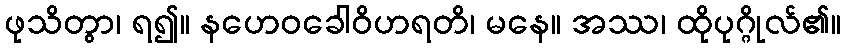
ဖုသိတွာ၊ ရ၍။ နဟေဝခေါဝိဟရတိ၊ မနေ။ အဿ၊ ထိုပုဂ္ဂိုလ်၏။